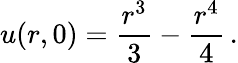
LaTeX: {}u(r,0)=\frac{r^{3}}{3}-\frac{r^{4}}{4}\, .